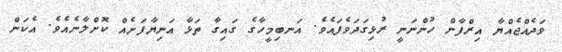
ވަދެއްޖެއްޔާ އިރްފާން ހުންނަނީ ރުޅިގަދަވެފައެވެ. އަނބިމީހާގެ ގައިގާ ތަޅާ އަނިޔާފަށެއް ކޮށްލާނެއެވެ. އެކަން